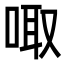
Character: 㖩